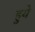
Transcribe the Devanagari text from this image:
हुयेे